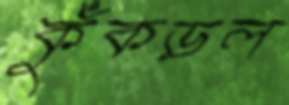
কুঁকড়ল